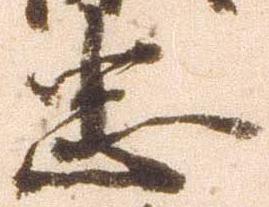
忠